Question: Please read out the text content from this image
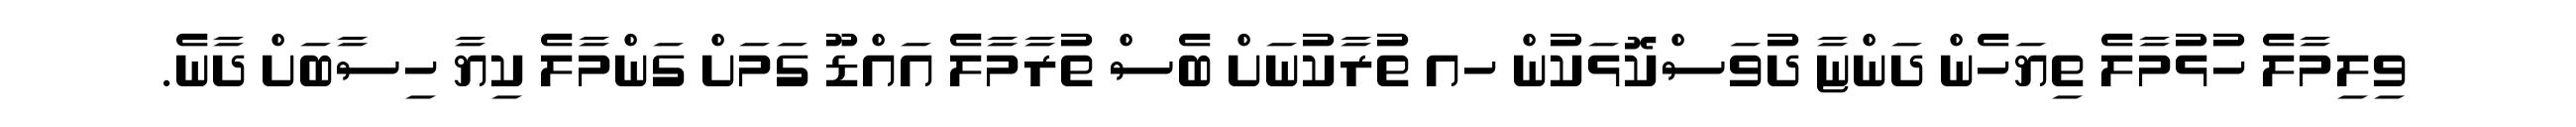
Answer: ވިލިމާލެ ހުޅުމާލެ ތިޔަހެން ދަންޏާ ދުވަސްކޮޅަކުން ހއ ތުރާކުނަށް ބެސް ތުރާމާލެ އައްޑޫ ގަމަށް ގަންމާލެ ކިޔާ ހިސާބަށް ދާނެ.